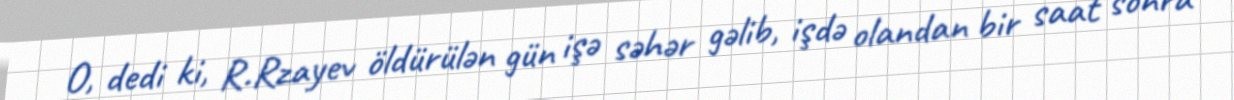
O, dedi ki, R.Rzayev öldürülən gün işə səhər gəlib, işdə olandan bir saat sonra